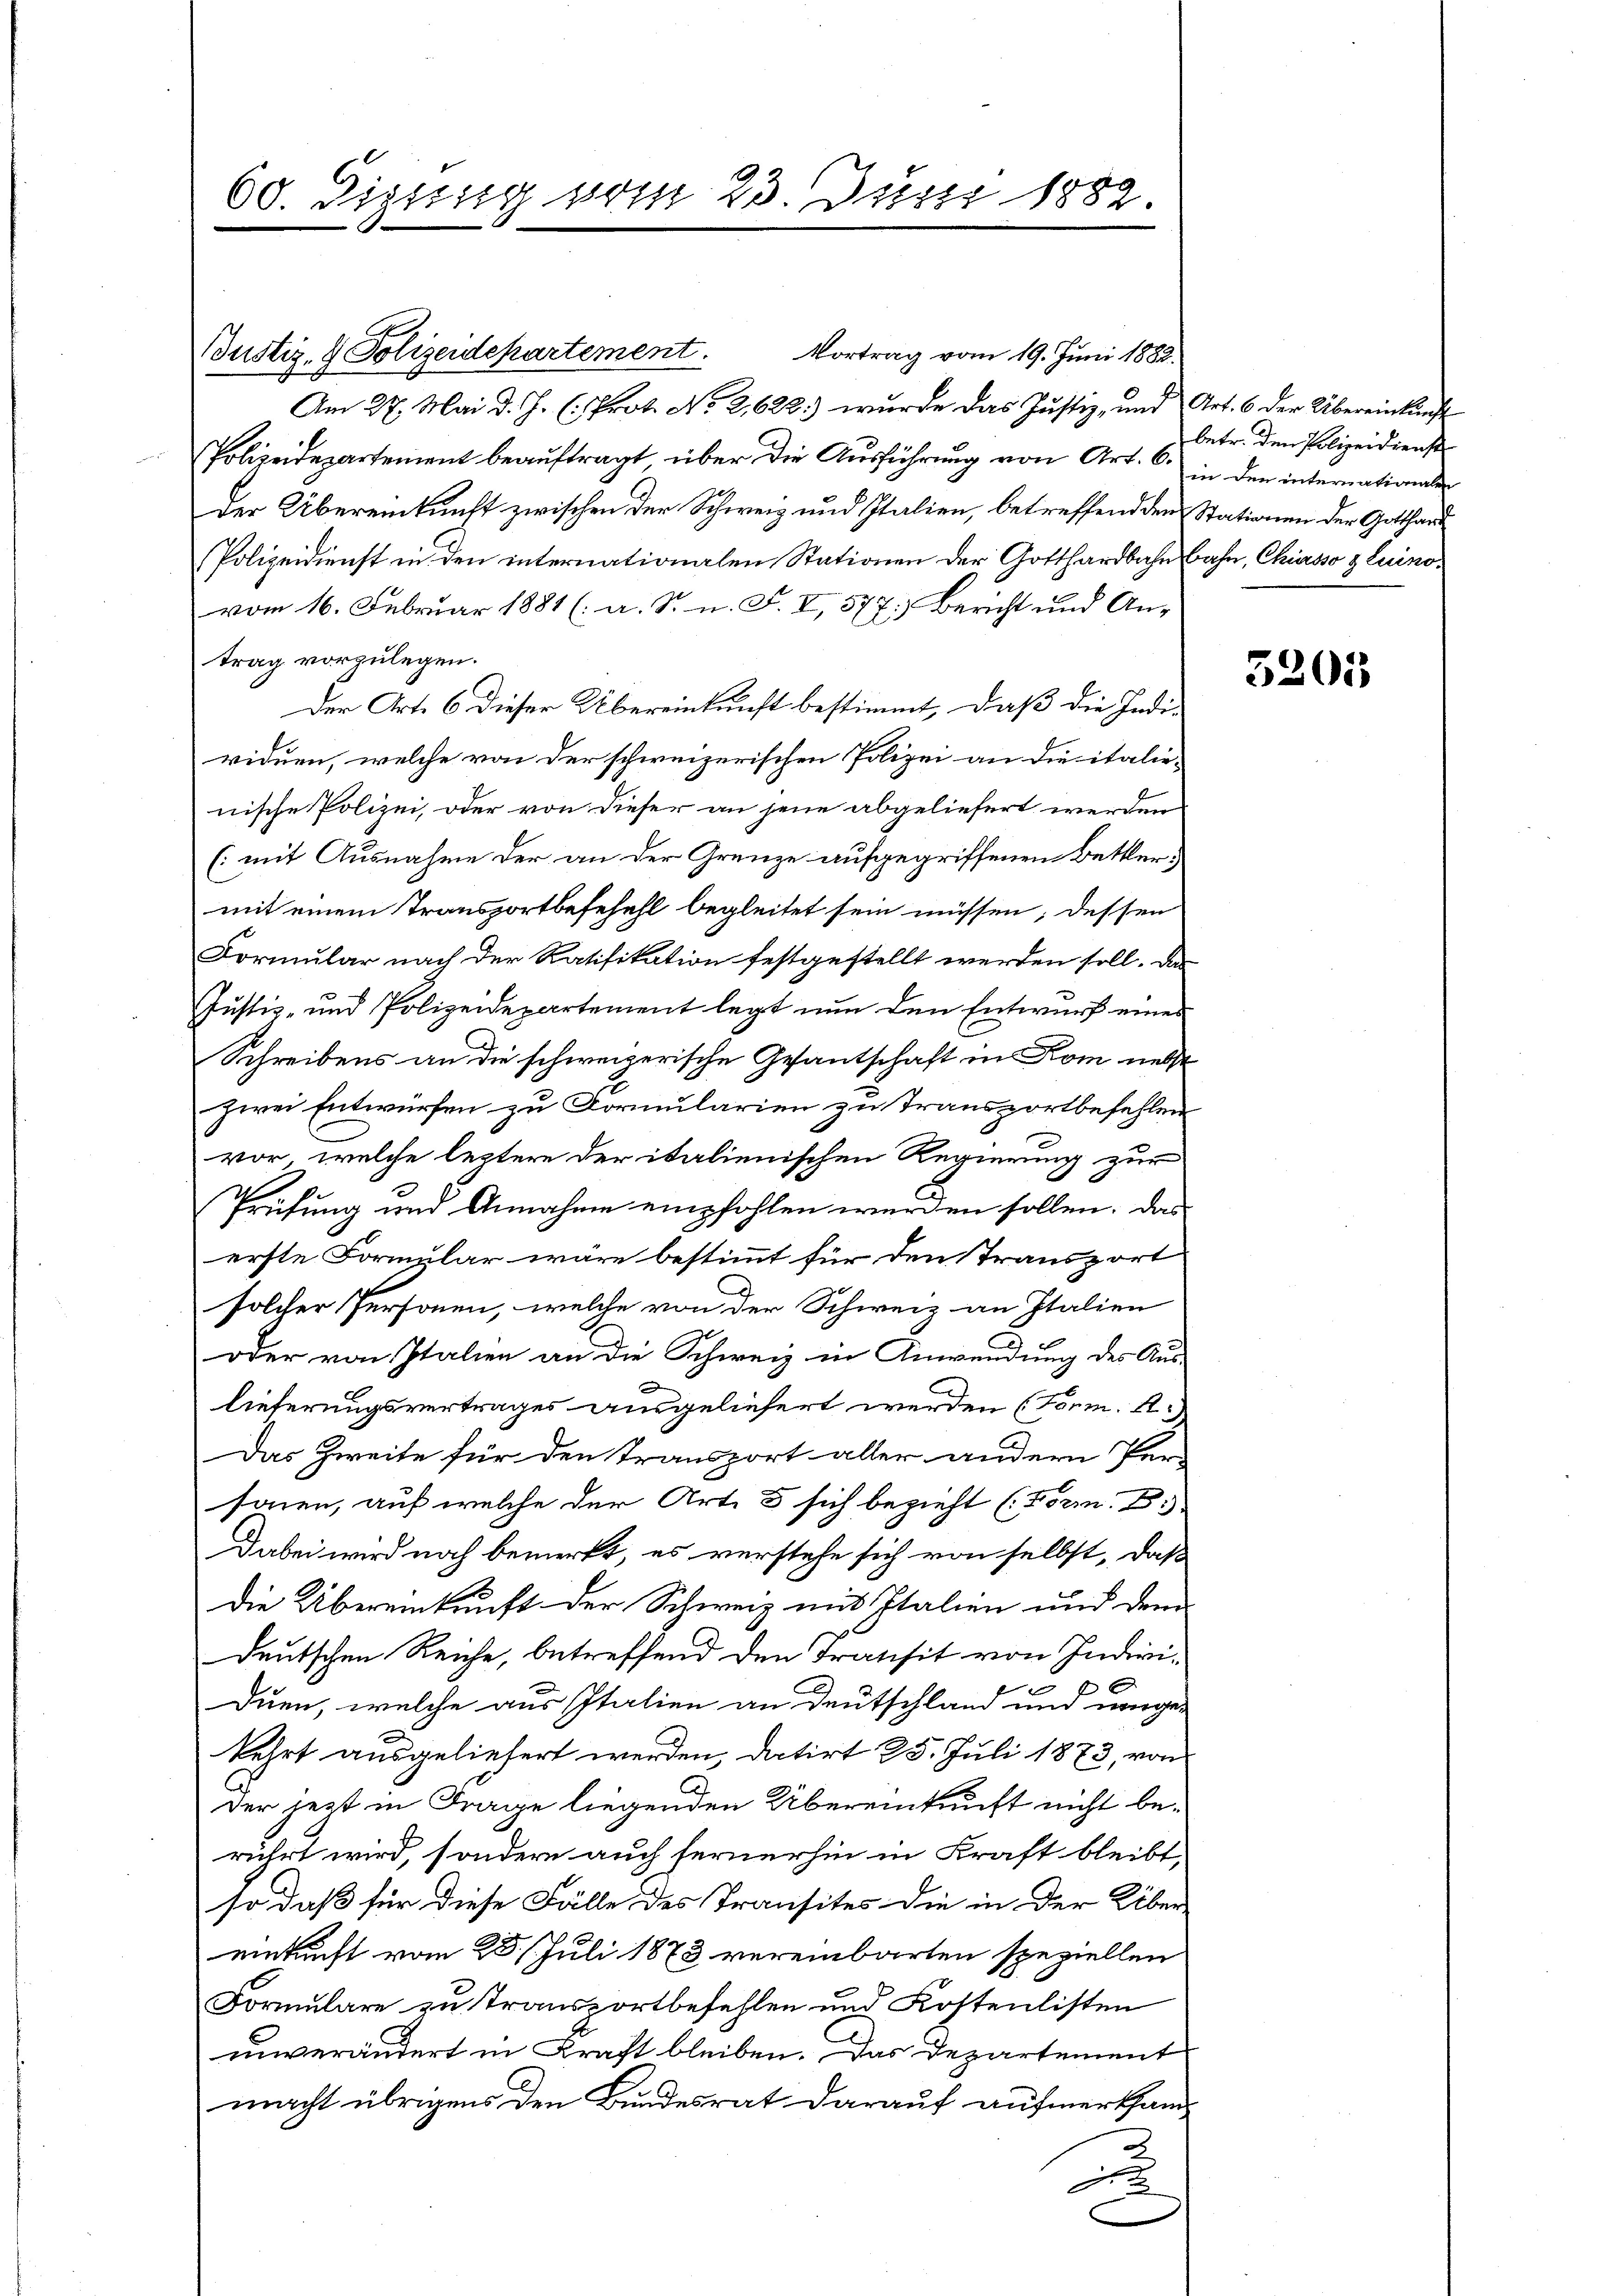
60. Digung vom 23. Justi 1882

Vortrag vom 19. Juni 1882.
Am 27. Mai d. J. (: Prot. No 2,622) wurde das Justiz, und Art. 6 der Übereinkunft
Polizeidepartement beauftragt über die Ausführung von Art. 6. in den international
der Übereinkunft zwischen der Schweiz und Italien, betreffend den Stationen der Gotthard
Polizeidienst in den internationalen Stationen der Gotthardbahnbahn, Chiasso z. Luinovom 16. Februar 1881 (: a. S. n. F. VI, 577: Bericht und Antrag vorzulegen.
Der Art. 6 dieser Übereinkunft bestimmt, daß die Indi-
viduen, welche von der schweizerischen Polizei an die italie-
nische Polizei, oder von dieser an jene abgeliefert werden
(mit Ausnahme der an der Grenze aufgegriffenen Bettlermit einem Transportbefehehl begleitet sein müssen; dessen
Formular nach der Ratifikation festgestellt werden soll. Das
Justiz- und Polizeidepartement legt nun den Entwurf eines
Schreibens an die schweizerische Gesantschaft in Rom nebst
zwei Entwürfen zu Formularien zu transportbefehlen
vor, welche leztere der italienischen Regierung zur
Prüfung und Annahme empfohlen werden sollen. Das
erste Formular wäre bestimmt für den Transport
solcher Personen, welche von der Schweiz an Italien
oder von Italien an die Schweiz in Anwendung des Aus-
d
lieferungsvertrages ausgeliefert werden (Form. A.)
Das Zweite für den Transport aller andern Per-
sonen, auf welche der Art. 5 sich bezieht (Form. Di
Dabei wird noch bemerkt, es verstehe sich von selbst, daß
Die Übereinkunft der Schweiz mit Italien und dem
deutschen Reiche, betreffend den Transit von Indivi-
Duen, welche aus Italien an Deutschland und umge-
kehrt ausgeliefert werden, datirt 25. Juli 1873, von
der jetzt in Frage liegenden Übereinkunft nicht berührt wird, sondern auch fernerhin in Kraft bleibt,
so daß für diese Fälle des Transites die in der Über-
einkunft vom 25. Juli 1878 vereinbarten speziellen
Formulare zu transportbefehlen und Kostenlisten
unverändert in Kraft bleiben. Das Departement
macht übrigens den Bundesrat darauf aufmerksam
6

Justiz- & Polizeidepartement.

betr. den Polizeidienst

5205